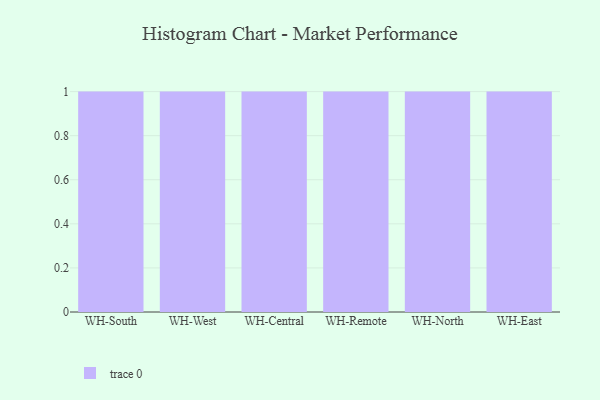
{"axis": {"x": "Warehouse", "y": "Satisfaction Score"}, "legend": [""], "data": [{"x": "WH-South", "y": 49, "type": ""}, {"x": "WH-West", "y": 36, "type": ""}, {"x": "WH-Central", "y": 70, "type": ""}, {"x": "WH-Remote", "y": 85, "type": ""}, {"x": "WH-North", "y": 42, "type": ""}, {"x": "WH-East", "y": 16, "type": ""}]}